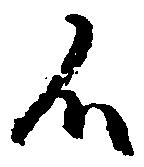
候